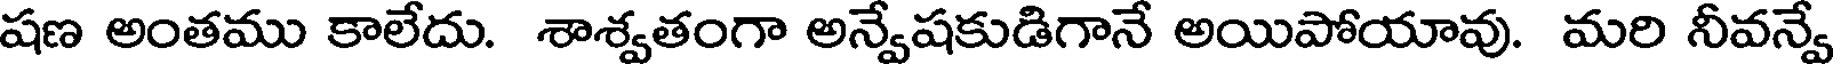
షణ అంతము కాలేదు. శాశ్వతంగా అన్వేషకుడిగానే అయిపోయావు. మరి నీవన్వే